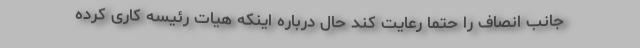
جانب انصاف را حتما رعایت کند حال درباره اینکه هیات رئیسه کاری کرده